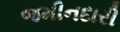
જમીનદારી